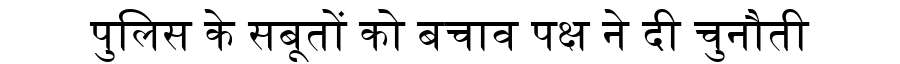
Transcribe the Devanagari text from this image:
पुलिस के सबूतों को बचाव पक्ष ने दी चुनौती